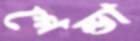
গেন্ডা